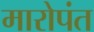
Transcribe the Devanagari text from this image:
मारोपंत